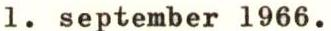
1. september 1966.